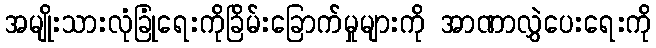
အမျိုးသားလုံခြုံရေးကိုခြိမ်းခြောက်မှုများကို အာဏာလွှဲပေးရေးကို